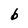
Character: b